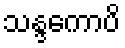
သန္ဒကောပိ